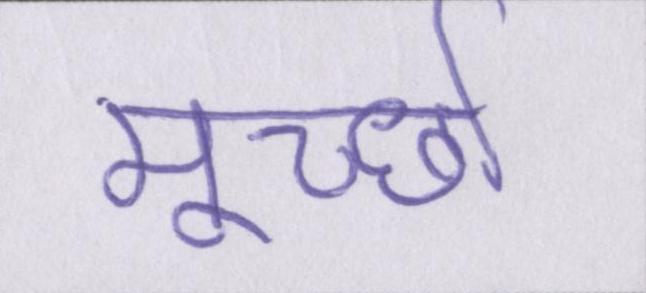
मूर्च्छा